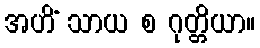
အဟိံ သာယ စ ဂုတ္တိယာ။